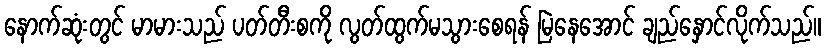
နောက်ဆုံးတွင် မာမားသည် ပတ်တီးစကို လွတ်ထွက်မသွားစေရန် မြဲနေအောင် ချည်နှောင်လိုက်သည်။